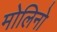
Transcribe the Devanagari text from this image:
मोलिनो